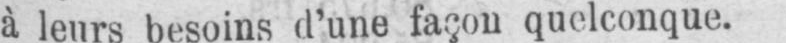
à leurs besoins d’une façon quelconque.